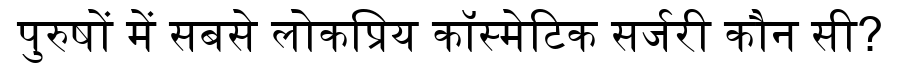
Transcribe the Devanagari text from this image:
पुरुषों में सबसे लोकप्रिय कॉस्मेटिक सर्जरी कौन सी?